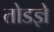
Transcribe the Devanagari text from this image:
तोडज्ञे